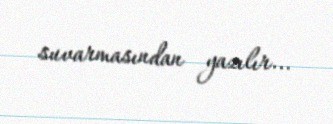
suvarmasından yazılır...